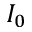
I _ { 0 }